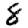
Digit: 8